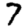
Digit: 7